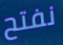
نفتح